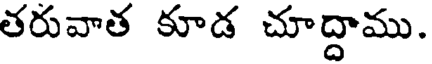
తరువాత కూడ చూద్దాము.